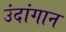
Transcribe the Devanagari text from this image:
उंदांगान